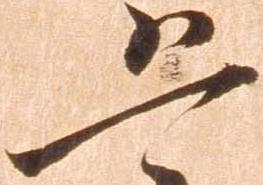
恐